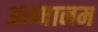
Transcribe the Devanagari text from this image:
अम्मानम